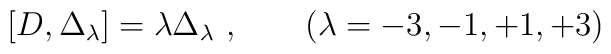
[ D, \Delta_\lambda ] = \lambda\Delta_\lambda\ ,\qquad (\lambda = -3, -1, +1, +3)